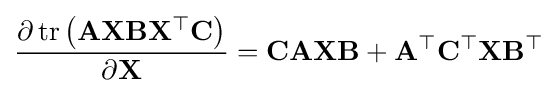
{\frac {\partial \operatorname {tr} \left(\mathbf {AXBX^{\top }C} \right)}{\partial \mathbf {X} }}=\mathbf {CAXB} +\mathbf {A^{\top }C^{\top }XB^{\top }}